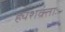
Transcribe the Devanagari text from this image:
ह्यशक्ताः